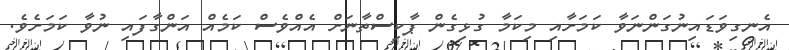
އެނގިވަޑައިނުގަންނަވާ ކަމަށާއި މިކަމާ ގުޅިގެން ޕާކިސްތާނަށް އެއްވެސް ކަމެއް އަންގާފައި ނުވާ ކަމަށެވެ.